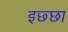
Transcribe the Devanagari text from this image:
इछ्छा